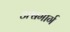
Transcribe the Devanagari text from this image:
अश्वमार्ग